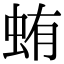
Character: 蛕